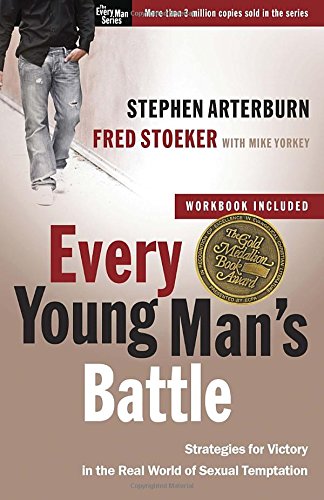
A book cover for Every Young Man's Battle: Strategies for Victory in the Real World of Sexual Temptation (The Every Man Series); Stephen Arterburn; Christian Books & Bibles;